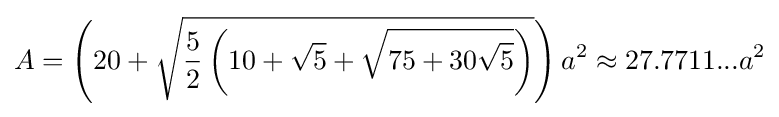
A=\left(20+{\sqrt {{\frac {5}{2}}\left(10+{\sqrt {5}}+{\sqrt {75+30{\sqrt {5}}}}\right)}}\right)a^{2}\approx 27.7711...a^{2}